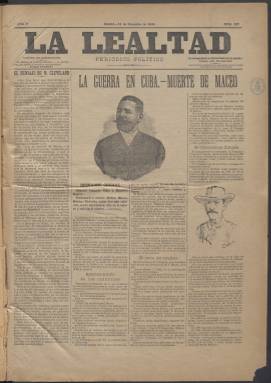
Título: La Lealtad (Madrid. 1892)
Colección: Periódicos
Ámbito geográfico: Madrid
Lugar de publicación: Madrid
Fechas: 11/12/1896-23/12/1905